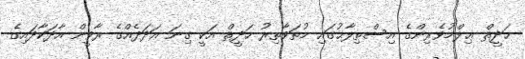
ޙަދީޘް ޢިލްމުވެރިންގެ އިސްޠިލާޙުގައި މުތަވާތިރު ހަދީޘް އަކީ ގިނަ ޢަދަދެއްގެ ރާވީން އާދަކާދައިގެ